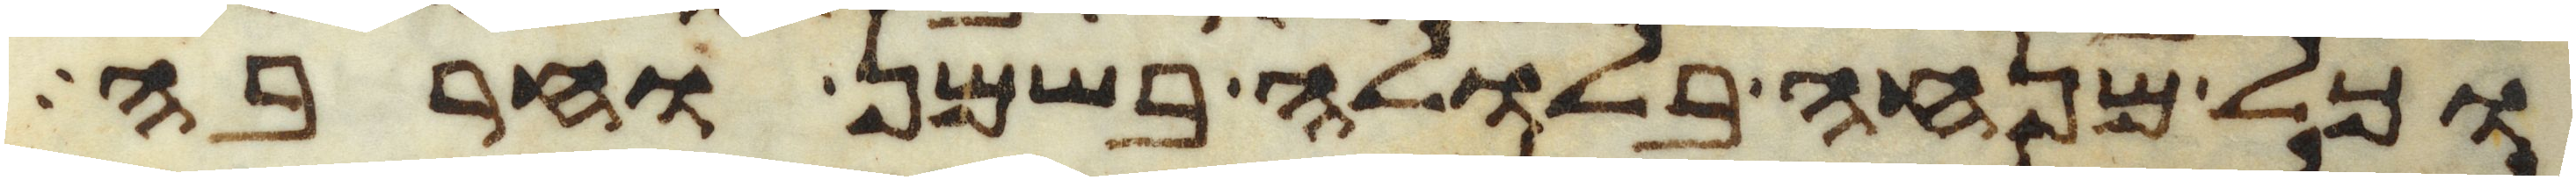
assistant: וכל מנחה בלולה בשמן וחרבה